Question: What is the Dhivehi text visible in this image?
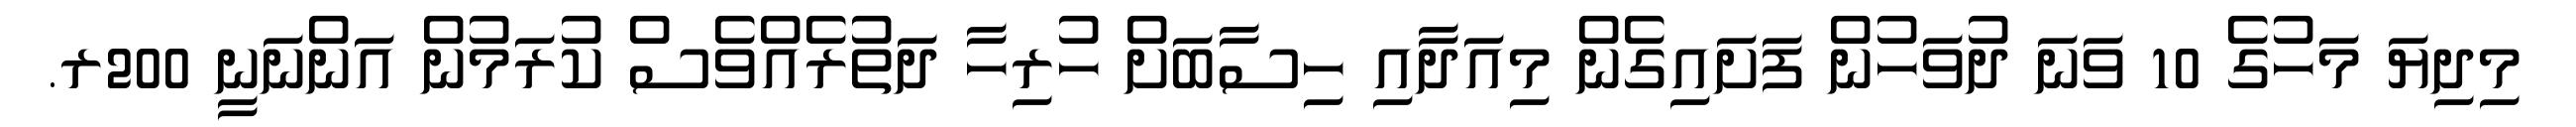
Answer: މިދިޔަ މަހުގެ 10 ވަނަ ދުވަހުން ފަށައިގެން މިއަދާއި ހިސާބަށް ހުރިހާ ދަތުރެއްވެސް ކުރަމުން އަންނަނީ 200ރ.